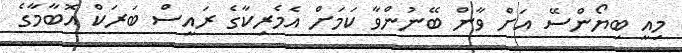
މިއީ ބިޔޯންސޭ އަށް ވާން ބޭނުންވާ ކަމަށް އެމެރިކާގެ ރައީސް ބަރަކް އޮބާމާގެ